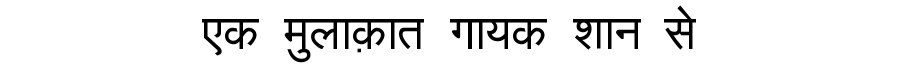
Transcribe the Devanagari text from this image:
एक मुलाक़ात गायक शान से